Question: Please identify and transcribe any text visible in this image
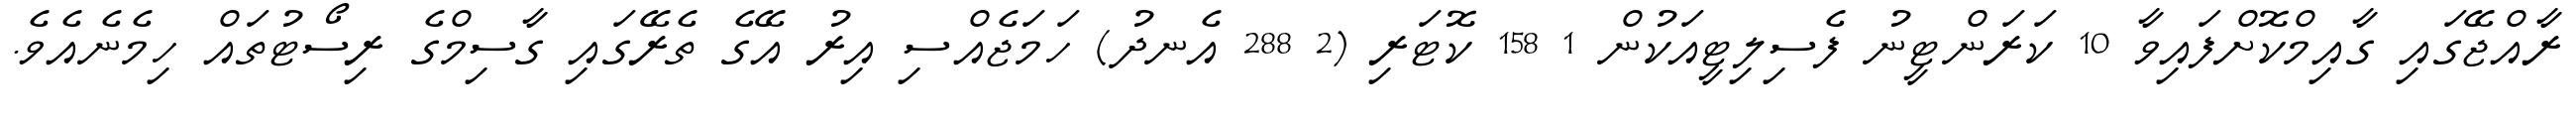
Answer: ރާއްޖޭގައި ގާއިމްކޮށްފައިވާ 10 ކަރަންޓީނު ފެސިލިޓީއަކުން 1 158 ކޮޓަރި (2 288 އެނދު) ހަމަޖެއްސި އިރު އޭގެ ތެރޭގައި ގާސިމްގެ ރިސޯޓުތައް ހިމެނެއެވެ.